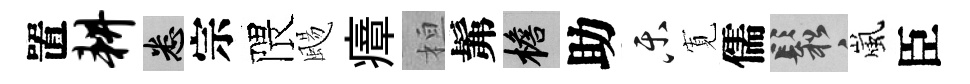
置耕悉宗隈颺瘴桓髴檐助乐𡩖儒鬆嵐臣